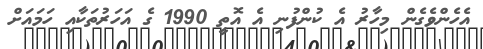
އެހެންވެގެން މިހާރު އެ ކުންފުނި އެ އޮތީ 1990 ގެ އަހަރުތަކާއި ހަމައަށް